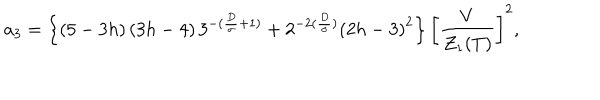
a _ { 3 } = \left\{ \left( 5 - 3 h \right) \left( 3 h - 4 \right) 3 ^ { - ( \frac { D } { \sigma } + 1 ) } + 2 ^ { - 2 ( \frac { D } { \sigma } ) } \left( 2 h - 3 \right) ^ { 2 } \right\} \left[ \frac { V } { { \cal { Z } } _ { 1 } ( T ) } \right] ^ { 2 } ,